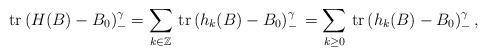
LaTeX: \begin{align*} \mathrm{tr} \, (H(B)-B_0)_-^\gamma = \sum_{k\in\mathbb{Z}}\, \mathrm{tr} \, (h_k(B)-B_0)_-^\gamma\, = \sum_{k\geq 0}\, \mathrm{tr} \, (h_k(B)-B_0)_-^\gamma\, ,\end{align*}